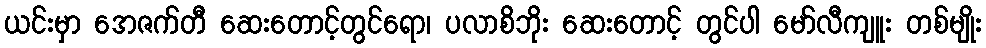
ယင်းမှာ အေဇက်တီ ဆေးတောင့်တွင်ရော၊ ပလာစိဘိုး ဆေးတောင့် တွင်ပါ မော်လီကျူး တစ်မျိုး